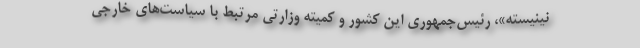
نینیسته»، رئیس‌جمهوری این کشور و کمیته وزارتی مرتبط با سیاست‌های خارجی